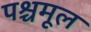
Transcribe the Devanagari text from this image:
पश्चमूल